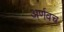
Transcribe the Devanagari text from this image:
अर्णवच